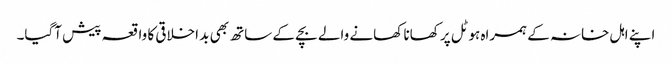
اپنے اہل خانہ کے ہمراہ ہوٹل پر کھانا کھانے والے بچے کے ساتھ بھی بد اخلاقی کا واقعہ پیش آگیا۔